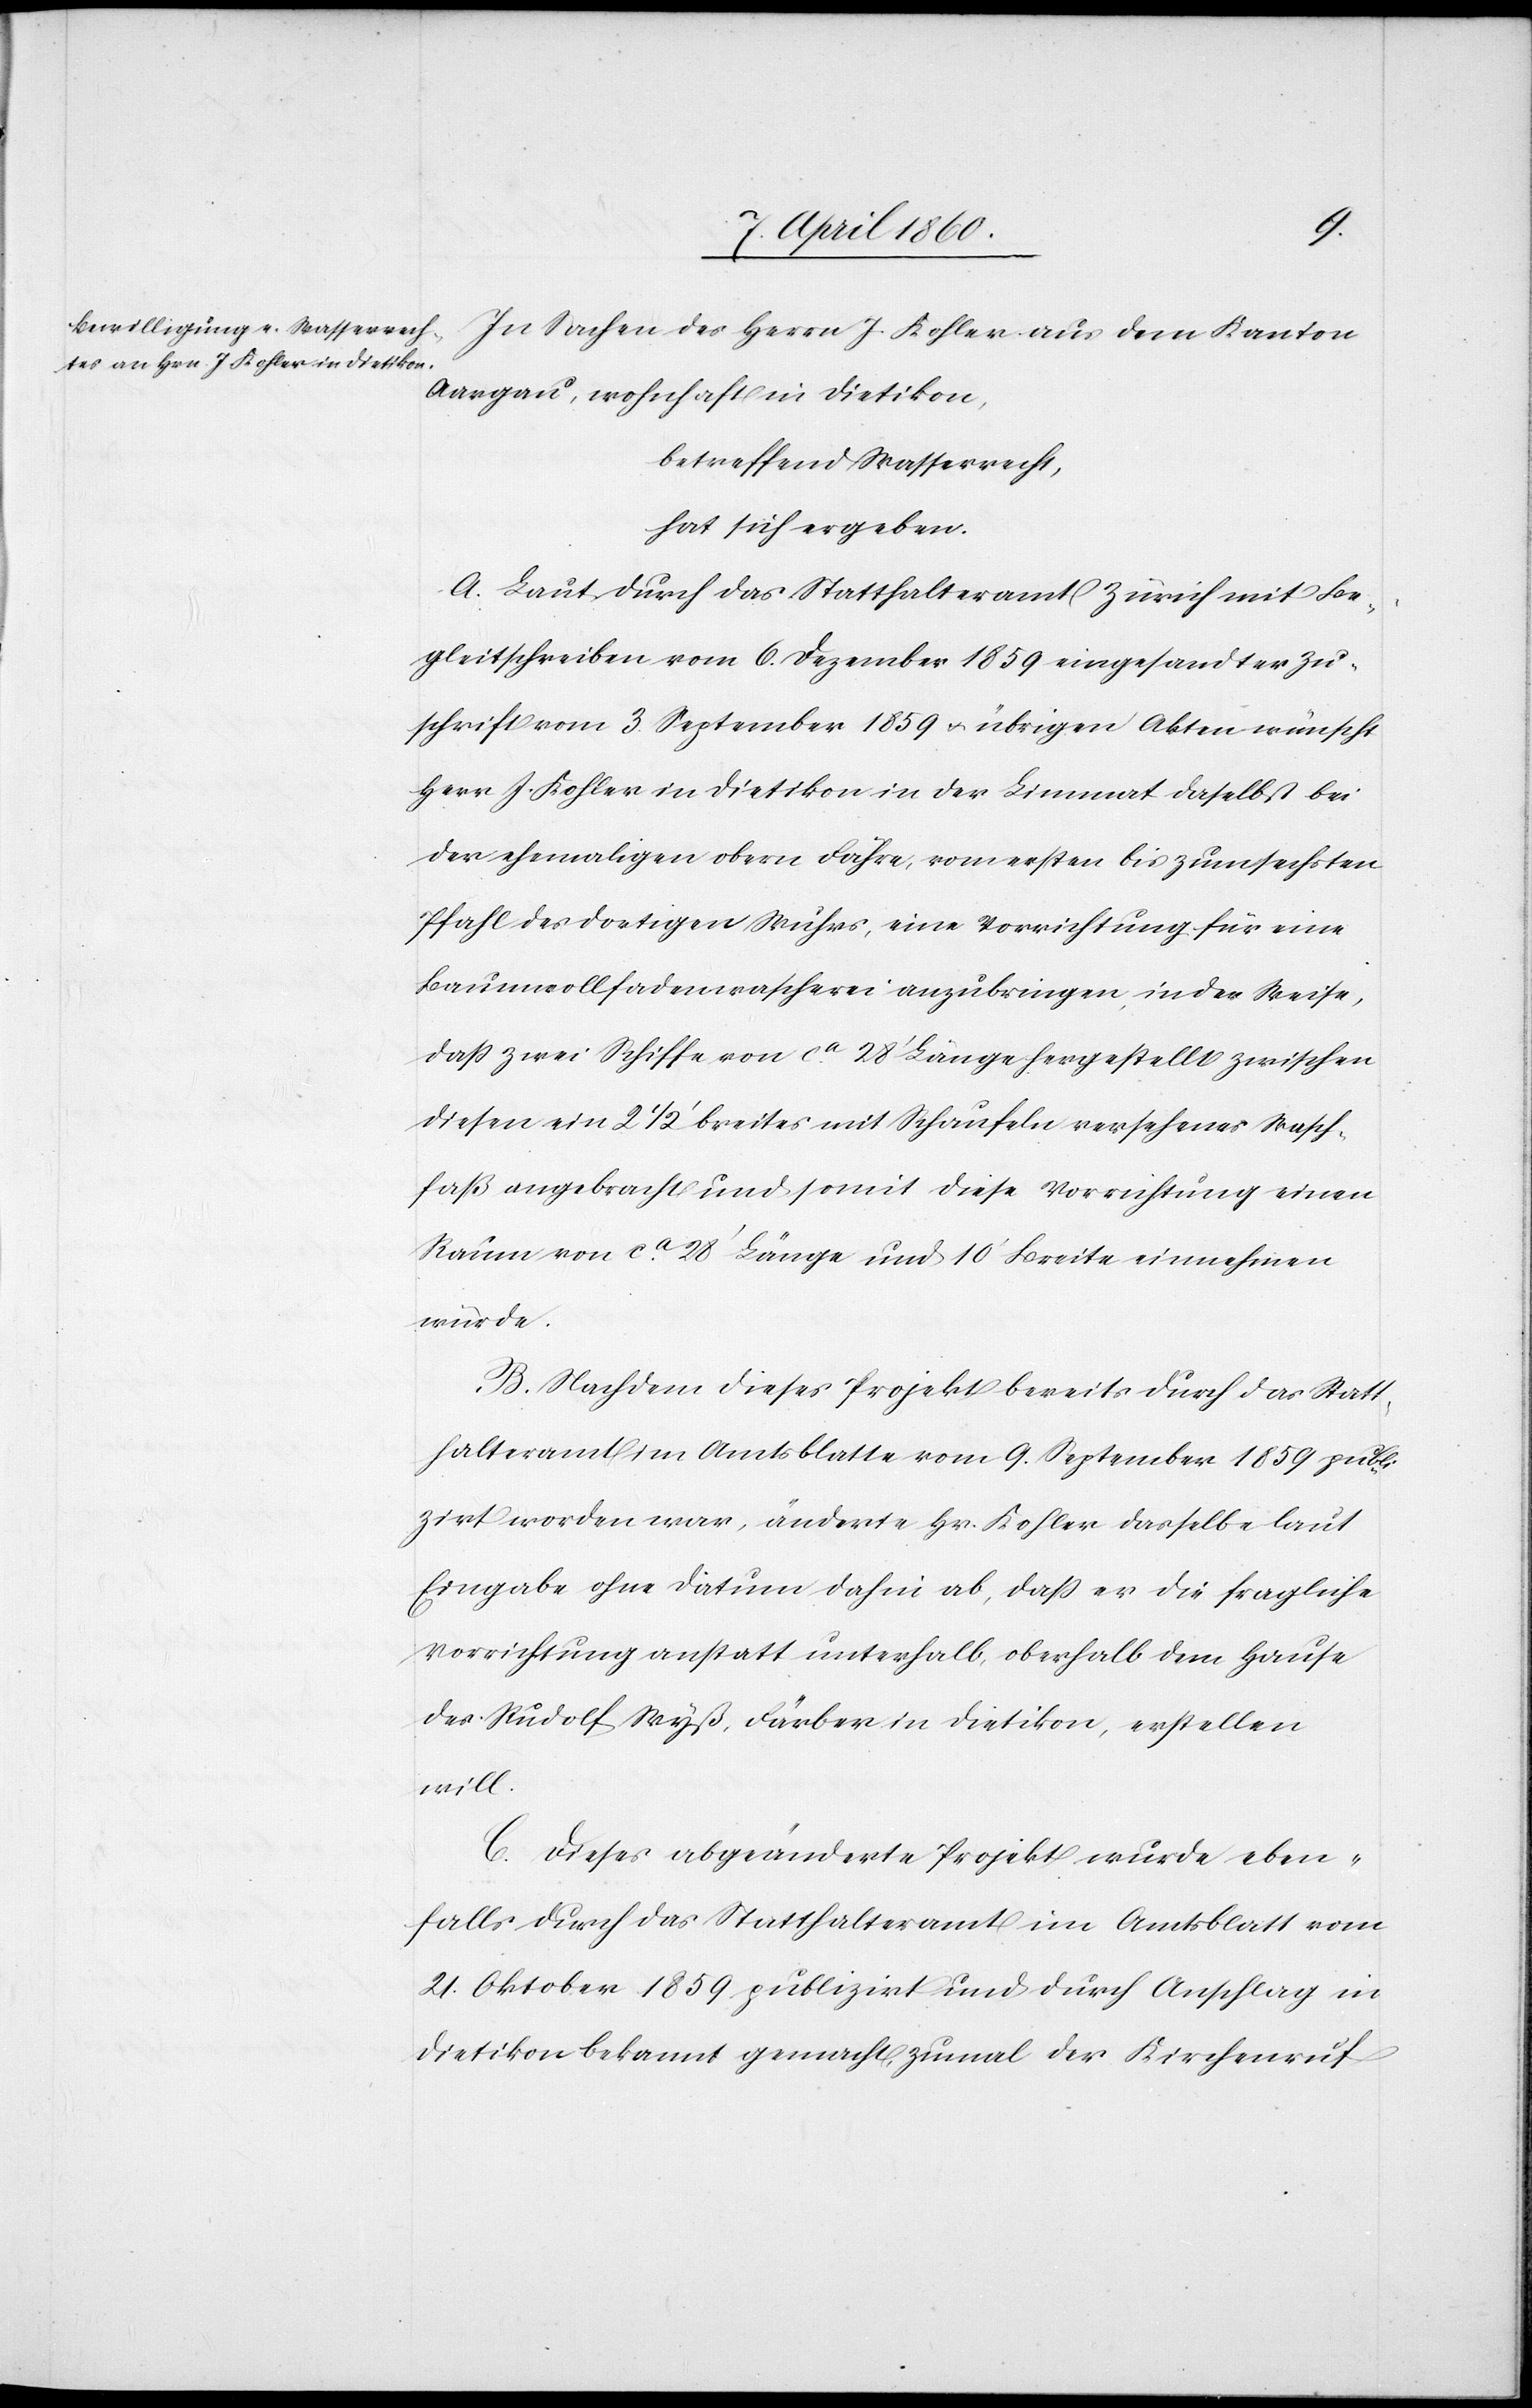
In Sachen des Herrn J. Kohler aus dem Kanton
Aargau, wohnhaft in Dietikon,
betreffend Wasserrecht,
hat sich ergeben:
A. Laut durch das Statthalteramt Zürich mit Be¬
gleitschreiben vom 6. Dezember 1859 eingesandter Zu¬
schrift vom 3. September 1859 u. übrigen Akten wünscht
Herr J. Kohler in Dietikon in der Limmat daselbst bei
der ehemaligen obern Fähre, vom ersten bis zum sechsten
Pfahl des dortigen Wuhres, eine Vorrichtung für eine
Baumwollfadenwäscherei anzubringen, in der Weise,
dass zwei Schiffe von ca 28’ Länge hergestellt zwischen
diesen ein 2 1/2’ breites mit Schaufeln versehenes Wasch¬
faß angebracht und somit diese Vorrichtung einen
Saum von ca 28’ Länge und 10’ Breite einnehmen
würde.
B. Nachdem dieses Projekt bereits durch das Statt¬
halteramt im Amtsblatte vom 9. September 1859 publi¬
zirt worden war, änderte Hr. Kohler dasselbe laut
Eingabe ohne Datum dahin ab, dass er die fragliche
Vorrichtung anstatt unterhalb, oberhalb dem Hause
des Rudolf Wyß, Färber in Dietikon, erstellen
will.
C. Dieses abgeänderte Projekt wurde eben¬
falls durch das Statthalteramt im Amtsblatt vom
21. Oktober 1859 publizirt und durch Anschlag in
Dietikon bekannt gemacht, zumal der Kirchenruf